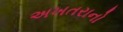
અખતરાનો